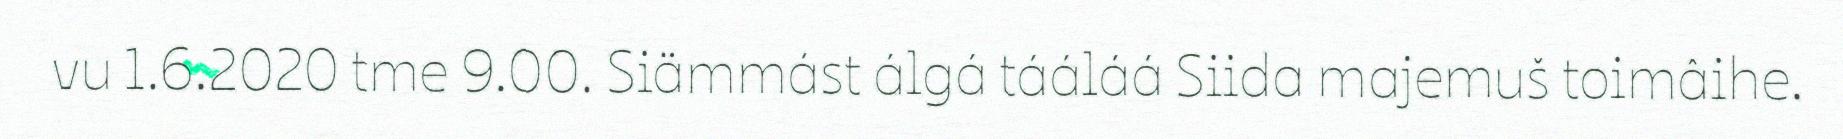
vu 1.6.2020 tme 9.00. Siämmást álgá tááláá Siida majemuš toimâihe.